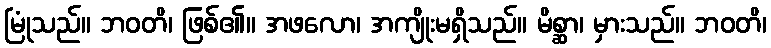
မြုံသည်။ ဘဝတိ၊ ဖြစ်၏။ အဖလော၊ အကျိုးမရှိသည်။ မိစ္ဆာ၊ မှားသည်။ ဘဝတိ၊